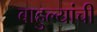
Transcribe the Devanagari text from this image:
बाहुल्यांची